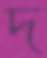
দ